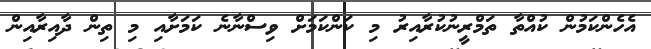
އެހެންކަމުން ކުއްތާ ތަމްރީނުކުރާއިރު މި ކަންކަމަށް ވިސްނާނެ ކަމަށާއި މި ތިން ދާއިރާއިން